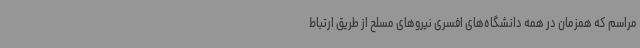
مراسم که همزمان در همه دانشگاه‌های افسری نیروهای مسلح از طریق ارتباط